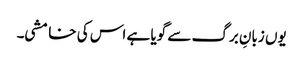
یوں زبانِ برگ سے گویا ہے اس کی خامشی۔